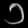
Digit: ၁